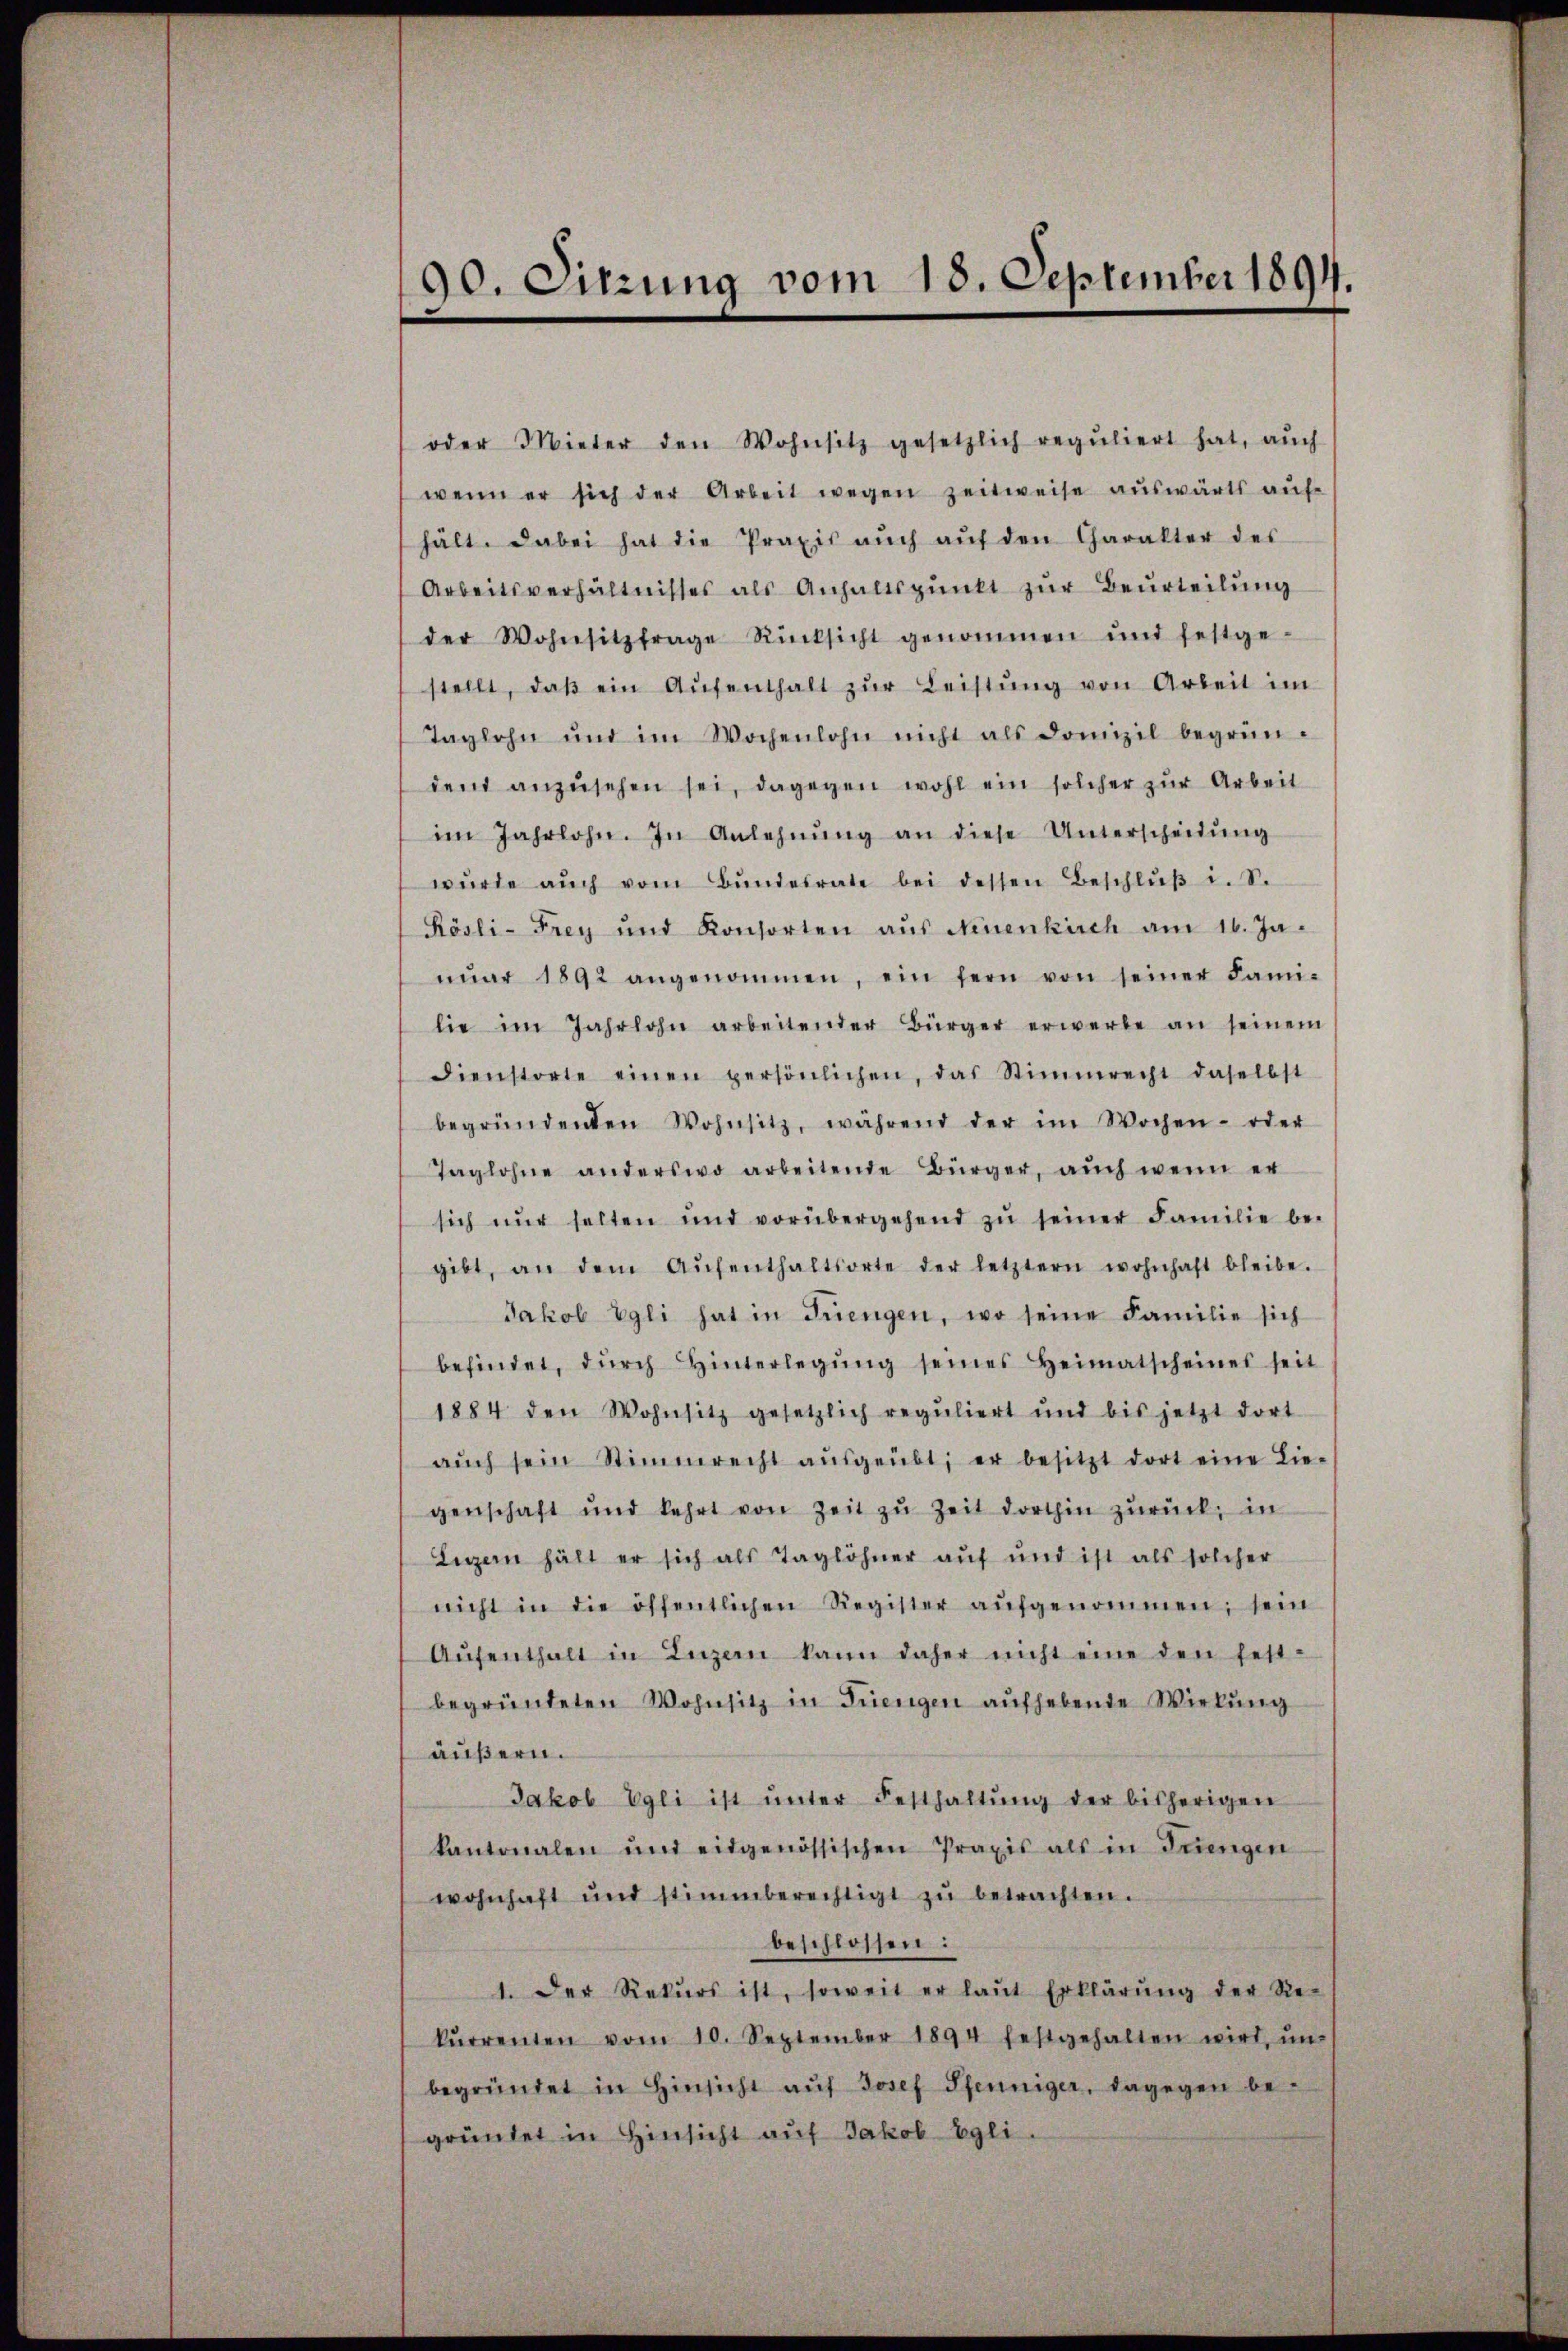
90. Sitzung vom 18. September 1894.

oder Mieter den Wohnsitz gesetzlich reguliert hat, aŭch
wenn er sich der Arbeit wegen zeitweise auswärts auf
hält. Dabei hat die Praxis aŭch aŭf den Charakter des
Arbeitsverhältnisses als Anhaltspunkt zur Beurteilung
der Wohnsitzfrage Rücksicht genommen und festge-
stellt, daβ ein Aŭfenthalt zŭr Leistŭng von Arbeit im
Taglohn und im Wochenlohn nicht als domizil begrün-
dent anzŭsehen sei, dagegen wohl ein solcher zur Arbeit
im Jahrlohn. In Anlehnŭng an diese Unterscheidŭng
würde aŭch vom Bŭndesrate bei dessen Beschlŭβ i. S.
Rösli-Frey und Konsorten aŭs Neuenkirch am 16. Ja-
nŭar 1892 angenommen, ein fern von seiner Fami-
lie im Jahrlohn arbeitender Bürger erwerbe an seinem
Dienstorte einen persönlichen, das Stimmrecht daselbst
begründenden Wohnsitz, während der im Wochen- oder
Taglohne anderswo arbeitende Bürger, auch wenn er
sich nŭr selten und vorübergehend zŭ seiner Familie be-
gibt, an dem Aŭfenthaltsorte der letztern wohnhaft bleibe.
Jakob Egli hat in Frengen, wo seine Familie sich
befindet, dŭrch Hinterlegŭng seines Heimatscheines seit
1884 den Wohnsitz gesetzlich reguliert und bis jetzt dort
aŭch sein Stimmrecht aŭsgeübt; er besitzt dort eine Lie-
genschaft und kehrt von Zeit zŭ Zeit dorthin zŭrück, in
Legern hält er sich als Taglöhner auf und ist als solcher
nicht in die öffentlichen Register aŭfgenommen; sein
Aŭfenthalt in Luzern kann daher nicht eine den fest-
begründeten Wohnsitz in Trengen aŭfhebende Wirkung
äußern.
Jakob Egli ist ŭnter Festhaltŭng der bisherigen
kantonalen und eidgenössischen Praxis als in Dringen
wohnhaft und stimmberechtigt zŭ betrachten.
beschlossen:
1. Der Rekŭrs ist, soweit er laŭt Erklärŭng der Re-
kŭrrenten vom 10. September 1894 festgehalten wird ŭn-
begründet in Hinsicht aŭf Josef Pfenniger, dagegen begründet in Hinsicht auf Jakob Egli.